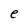
Character: e